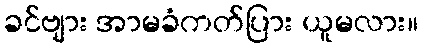
ခင်ဗျား အာမခံကတ်ပြား ယူမလား။